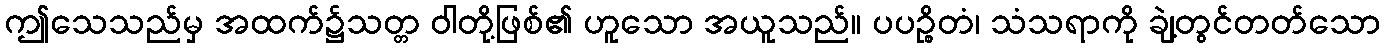
ဤသေသည်မှ အထက်၌သတ္တ ဝါတို့ဖြစ်၏ ဟူသော အယူသည်။ ပပဉ္စိတံ၊ သံသရာကို ချဲ့တွင်တတ်သော